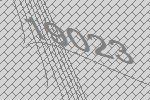
19023